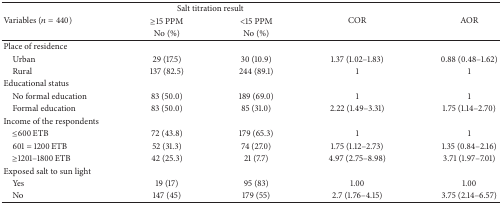
<table><thead><tr><td rowspan="3"><b>Variables (<i>n</i> = 440)</b></td><td colspan="2"><b> Salt titration result</b></td><td rowspan="3"><b>COR</b></td><td rowspan="3"><b>AOR</b></td></tr><tr><td><b>≥15 PPM</b></td><td><b>&lt;15 PPM </b></td></tr><tr><td><b>No (%)</b></td><td><b>No (%)</b></td></tr></thead><tbody><tr><td>Place of residence</td><td> </td><td> </td><td> </td><td> </td></tr><tr><td> Urban</td><td>29 (17.5)</td><td>30 (10.9)</td><td>1.37 (1.02–1.83)</td><td>0.88 (0.48–1.62)</td></tr><tr><td> Rural</td><td>137 (82.5)</td><td>244 (89.1)</td><td>1</td><td>1</td></tr><tr><td>Educational status</td><td> </td><td> </td><td> </td><td> </td></tr><tr><td> No formal education</td><td>83 (50.0)</td><td>189 (69.0)</td><td>1</td><td>1</td></tr><tr><td> Formal education</td><td>83 (50.0)</td><td>85 (31.0)</td><td>2.22 (1.49–3.31)</td><td>1.75 (1.14–2.70)</td></tr><tr><td>Income of the respondents</td><td> </td><td> </td><td> </td><td> </td></tr><tr><td> ≤600 ETB</td><td>72 (43.8)</td><td>179 (65.3)</td><td>1</td><td>1</td></tr><tr><td> 601 = 1200 ETB</td><td>52 (31.3)</td><td>74 (27.0)</td><td>1.75 (1.12–2.73)</td><td>1.35 (0.84–2.16)</td></tr><tr><td> ≥1201–1800 ETB</td><td>42 (25.3)</td><td>21 (7.7)</td><td>4.97 (2.75–8.98)</td><td>3.71 (1.97–7.01)</td></tr><tr><td>Exposed salt to sun light</td><td> </td><td> </td><td> </td><td> </td></tr><tr><td> Yes</td><td>19 (17)</td><td>95 (83)</td><td>1.00</td><td>1.00</td></tr><tr><td> No</td><td>147 (45)</td><td>179 (55)</td><td>2.7 (1.76–4.15)</td><td>3.75 (2.14–6.57)</td></tr></tbody></table>